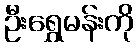
ဦးရွှေမန်းကို